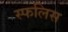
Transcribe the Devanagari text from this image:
स्फलिस